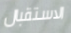
الاستقبال